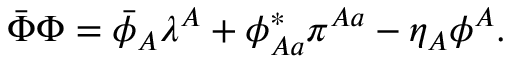
\bar { \Phi } \Phi = \bar { \phi } _ { A } \lambda ^ { A } + \phi _ { A a } ^ { * } \pi ^ { A a } - \eta _ { A } \phi ^ { A } .